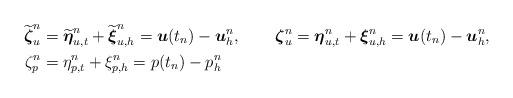
LaTeX: \begin{align*}\widetilde{\boldsymbol{\zeta}}_u^n&=\widetilde{\boldsymbol{\eta}}_{u,t}^n+\widetilde{\boldsymbol{\xi}}_{u,h}^n=\boldsymbol{u}(t_n)-\boldsymbol{u}_h^n, &\boldsymbol{\zeta}_u^n&=\boldsymbol{\eta}_{u,t}^n+\boldsymbol{\xi}_{u,h}^n=\boldsymbol{u}(t_n)-\boldsymbol{u}_h^n, \\\zeta_p^n&=\eta_{p,t}^n+\xi_{p,h}^n=p(t_n)-p_h^n\end{align*}